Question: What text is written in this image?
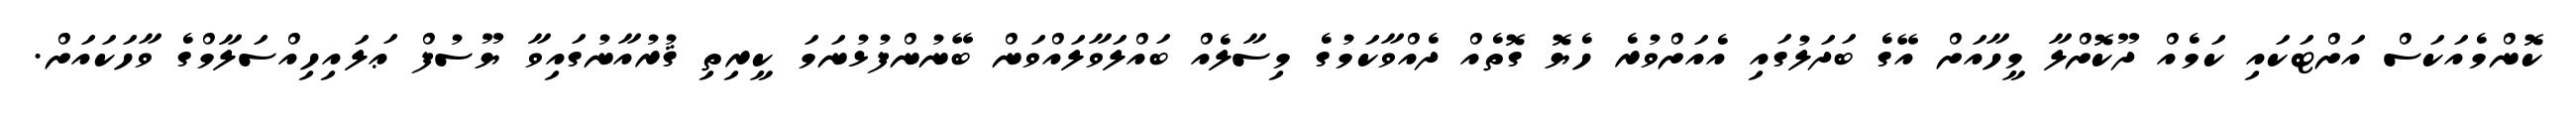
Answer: ކޮންމެއަކަސް އަށްޓަކައި ކަމެއް ދޫކޮށްލާ މީހާއަށް އޭގެ ބަދަލުގައި އެއަށްވުރެ ހެޔޮ ގޮތެއް ދެއްވާކަމުގެ މިސާލެއް ބައްލަވާލައްވަން ބޭނުންފުޅުނަމަ ކީރިތި ޤުރުއާނުގައިވާ ޔޫސުފް ޢަލައިހިއްސަލާމްގެ ވާހަކައަށް.